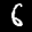
Label: 6